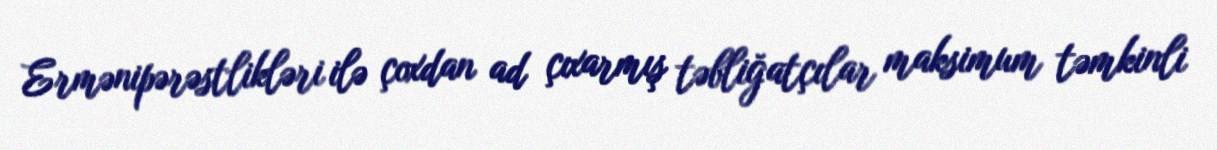
Ermənipərəstlikləri ilə çoxdan ad çıxarmış təbliğatçılar maksimum təmkinli